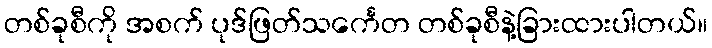
တစ်ခုစီကို အစက် ပုဒ်ဖြတ်သင်္ကေတ တစ်ခုစီနဲ့ခြားထားပါတယ်။